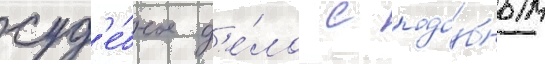
суд'е́бное д'е́ло с подо́бным